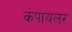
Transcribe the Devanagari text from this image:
कंपायलर